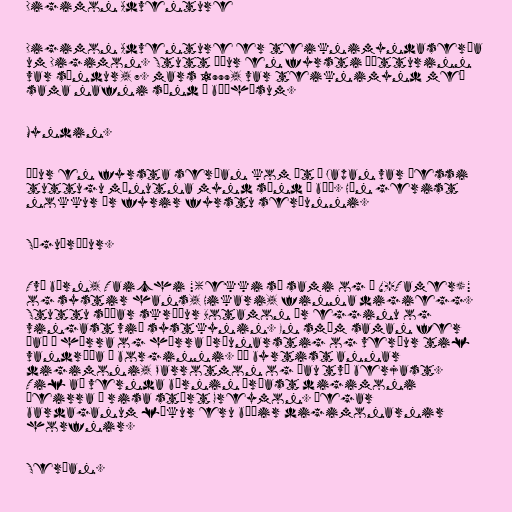
Digimon Adventure

Digimon Adventure er teiknimyndasería
um Digimon. Stutt áður en fyrsti þátturinn
var sýndur, 7. mars 1999, var teiknimynd með
sama nafni sýnd í bíóhúsum.

Myndin.

Áður en fyrsta serían kom út í Japan var þessi
tuttugu mínutna mynd sýnd í bíó. Hún gerist
nokkur ár fyrir fyrstu seríunni.

Söguþráður.

Tvö börn, Taichi "(ekki sá sami og í V-Tamer)"
og systir hans, Hikari, finna digiegg.
Stuttu síðar skríður Botamon úr egginu og
vingast við systkynin. En smám saman fer
það í hærra og hærra þróunarstig og verður til
vandræða í borginni. Þá byrtist annar
digimoni, Parrotmon og þau tvö berjast.
Til að vernda börnin þróast digimoni
þeirra í risa stórt Greymon. Þegar
bardaganum lýkur eru báðir digimonarnir
horfnir.

Serían.